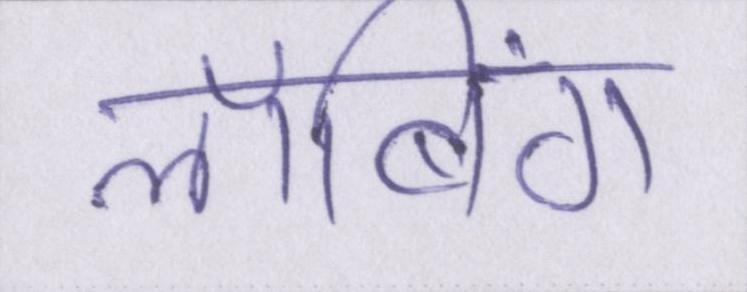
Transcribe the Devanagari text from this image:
लॉबिंग